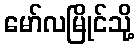
မော်လမြိုင်သို့